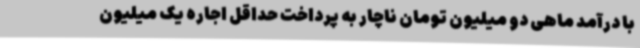
با درآمد ماهی دو میلیون تومان ناچار به پرداخت حداقل اجاره یک میلیون